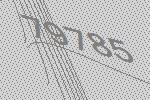
79785